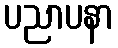
ပညာပနာ